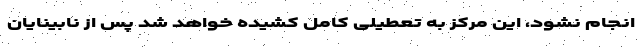
انجام نشود، این مرکز به تعطیلی کامل کشیده خواهد شد پس از نابینایان